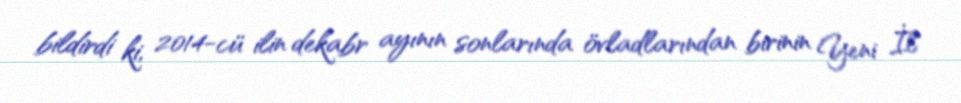
bildirdi ki, 2014-cü ilin dekabr ayının sonlarında övladlarından birinin Yeni İl